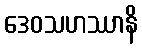
ဒေဝသဟဿာနိ